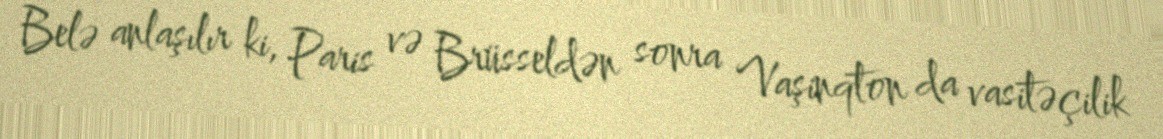
Belə anlaşılır ki, Paris və Brüsseldən sonra Vaşinqton da vasitəçilik